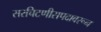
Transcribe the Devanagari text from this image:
सरचिटणीसपदावरून